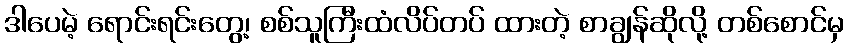
ဒါပေမဲ့ ရောင်းရင်းတွေ့၊ စစ်သူကြီးထံလိပ်တပ် ထားတဲ့ စာချွန်ဆိုလို့ တစ်စောင်မှ